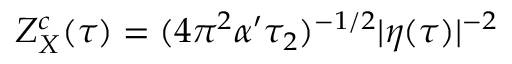
Z _ { X } ^ { c } ( \tau ) = ( 4 \pi ^ { 2 } \alpha ^ { \prime } \tau _ { 2 } ) ^ { - 1 / 2 } | \eta ( \tau ) | ^ { - 2 }